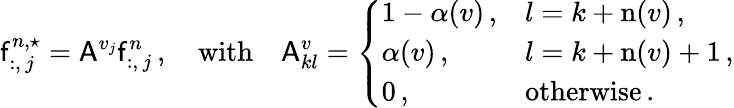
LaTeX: \mathsf{f}_{:,\, j}^{n,\star}=\mathsf{A}^{v_{j}}\mathsf{f}_{:,\, j}^{n}\, ,\quad\mathrm{with}\quad\mathsf{A}_{kl}^{v}=\left\{ \begin{array}{ll}{1-\alpha(v)\, ,}&{l=k+\mathrm{n}(v)\, ,}\\ {\alpha(v)\, ,}&{l=k+\mathrm{n}(v)+1\, ,}\\ {0\, ,}&{\mathrm{otherwise}\, .}\end{array}\right.